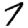
Digit: 7